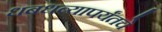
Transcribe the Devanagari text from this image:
धबधब्यापर्यंतचे